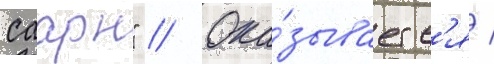
саарн" // Ока́зываетс'я /